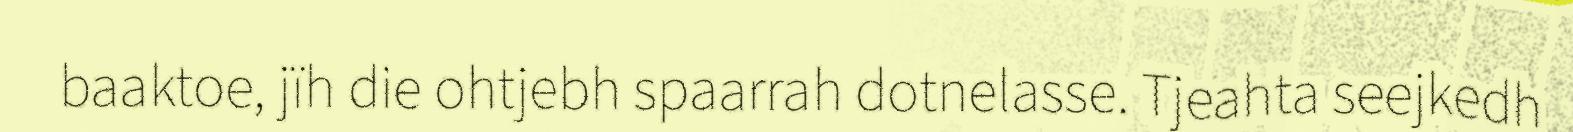
baaktoe, jïh die ohtjebh spaarrah dotnelasse. Tjeahta seejkedh